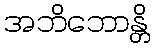
အဘိဘောန္တိ